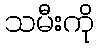
သမီးကို